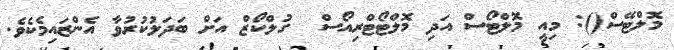
މޮލްޓޭސް(): މިއީ މޮލްޓޯސް އަދި މޮލްޓޯޓްރިއޯސް  ގުލްކޯޒް އަށް ބަދަލުކުރުވާ އެންޒައިމެކެވެ.